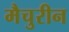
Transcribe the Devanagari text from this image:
मैचुरीन